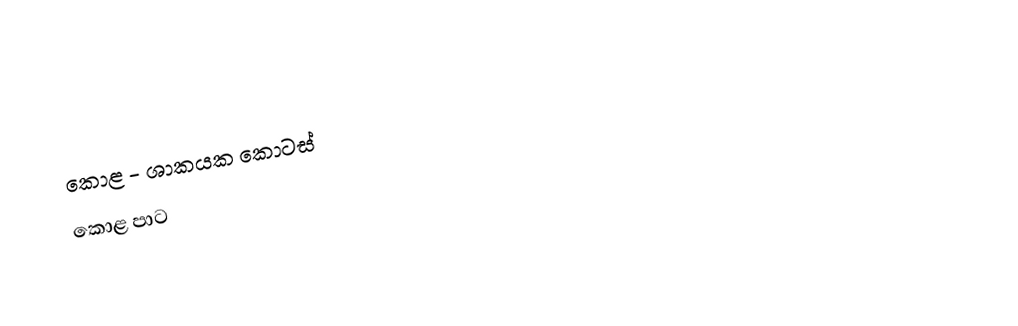
කොළ  - ශාකයක කොටස්
කොළ පාට